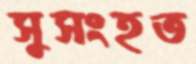
সুসংহত